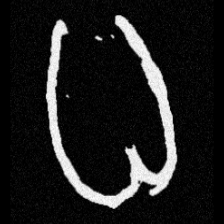
Pyu character \u2014 Myanmar letter: ဓ (romanized: dha)